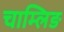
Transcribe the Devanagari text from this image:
चाम्लिङ